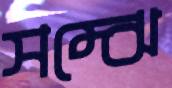
সম্‌ঝে